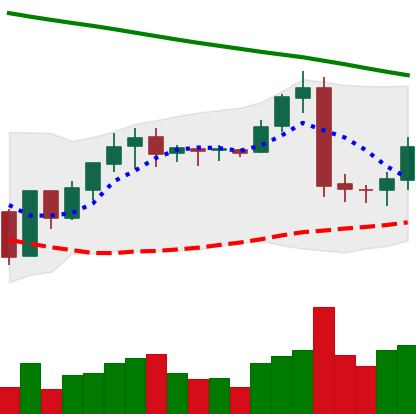
Ticker: BNB-USD
Chart end date: 2019-02-01
Forward return: 23.216%
Label: up_7plus